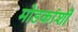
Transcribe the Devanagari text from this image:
मोडकांशी